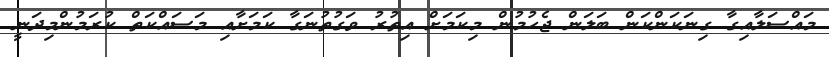
މައްސަލާއިގާ ގިނަކަންކަން ބަލަން ޖެހުމުން މިކަމަށް އިތުރު ވަގުތުނަގާ ކަމަށާއި މަސައްކަތް ކުރަމުންމިދަނީ